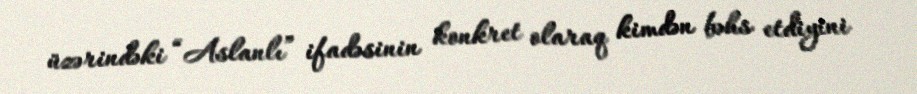
üzərindəki “Aslanlı” ifadəsinin konkret olaraq kimdən bəhs etdiyini